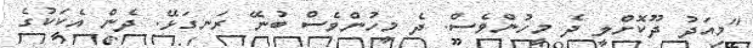
"މިއަދު ދޫކޮށްލީ ދެ މީހުންވެސް. ދެ މީހުންވެސް ބުނޭ ރަނގަޅޭ. ދެން އެކަކުގެ